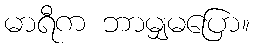
မာရီက ဘာမျှမပြော။